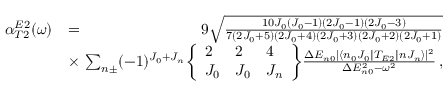
\begin{array} { r l r } { \alpha _ { T 2 } ^ { E 2 } ( \omega ) } & { = } & { 9 \sqrt { \frac { 1 0 J _ { 0 } ( J _ { 0 } - 1 ) ( 2 J _ { 0 } - 1 ) ( 2 J _ { 0 } - 3 ) } { 7 ( 2 J _ { 0 } + 5 ) ( 2 J _ { 0 } + 4 ) ( 2 J _ { 0 } + 3 ) ( 2 J _ { 0 } + 2 ) ( 2 J _ { 0 } + 1 ) } } } \\ & { \times } & { \! \! \! \! \sum _ { n \pm } ( - 1 ) ^ { J _ { 0 } + J _ { n } } \! \left\{ \begin{array} { l l l } { 2 } & { 2 } & { 4 } \\ { J _ { 0 } } & { J _ { 0 } } & { J _ { n } } \end{array} \right\} \! \frac { \Delta E _ { n 0 } | \langle n _ { 0 } J _ { 0 } \| T _ { E 2 } \| n J _ { n } \rangle | ^ { 2 } } { \Delta E _ { n 0 } ^ { 2 } - \omega ^ { 2 } } \, , } \end{array}